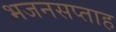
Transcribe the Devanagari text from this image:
भजनसप्‍ताह